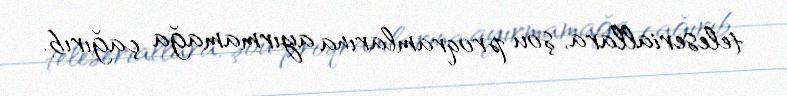
teleseriallara, şou proqramlarına ayırmamağa çağırıb.